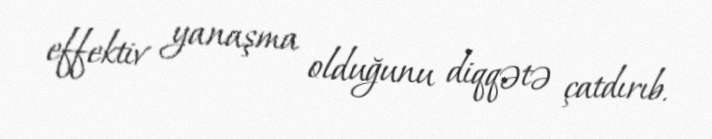
effektiv yanaşma olduğunu diqqətə çatdırıb.